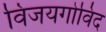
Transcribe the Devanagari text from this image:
विजयगोविंद